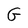
Character: G